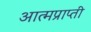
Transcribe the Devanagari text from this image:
आत्मप्राप्ती